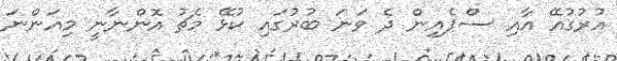
އުރުގުއޭ އާއި ސްޕެއިން ދެ ވަނަ ބުރުގައި ކުޅޭ މެޗު އޮންނާނީ މިއަންނަ